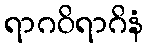
ရာဂဝိရာဂိနံ